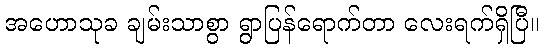
အဟောသုခ ချမ်းသာစွာ ရွာပြန်ရောက်တာ လေးရက်ရှိပြီ။